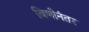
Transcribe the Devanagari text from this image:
विणीनंतर